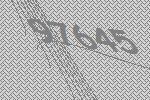
97645